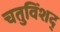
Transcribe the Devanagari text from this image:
चतुविंशद्